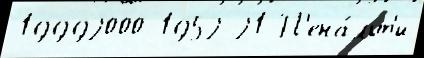
19992000 1952 21 П'ена́льт'и